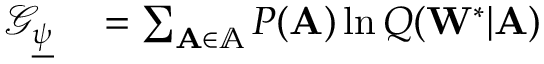
\begin{array} { r l } { \mathcal { G } _ { \underline { { \psi } } } } & { { } = \sum _ { \mathbf { A } \in \mathbb { A } } P ( \mathbf { A } ) \ln Q ( \mathbf { W } ^ { * } | \mathbf { A } ) } \end{array}